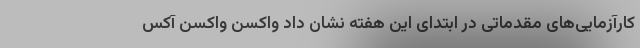
کارآزمایی‌های مقدماتی در ابتدای این هفته نشان داد واکسن واکسن آکس